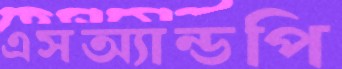
এসঅ্যান্ডপি